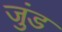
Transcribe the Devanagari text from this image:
जुंड